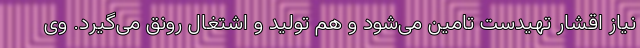
نیاز اقشار تهیدست تامین می‌شود و هم تولید و اشتغال رونق می‌گیرد. وی